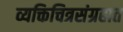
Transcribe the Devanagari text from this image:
व्यक्तिचित्रसंग्रहात